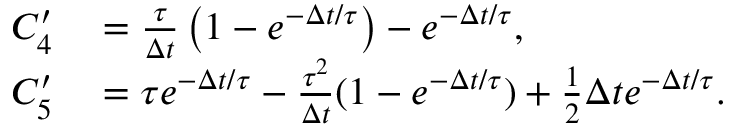
\begin{array} { r l } { C _ { 4 } ^ { \prime } } & { { } = \frac { \tau } { \Delta t } \left( 1 - e ^ { - \Delta t / \tau } \right) - e ^ { - \Delta t / \tau } , } \\ { C _ { 5 } ^ { \prime } } & { { } = \tau e ^ { - \Delta t / \tau } - \frac { \tau ^ { 2 } } { \Delta t } ( 1 - e ^ { - \Delta t / \tau } ) + \frac 1 2 \Delta t e ^ { - \Delta t / \tau } . } \end{array}